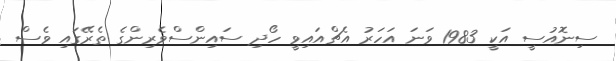
ސިނޮއުސީ އަކީ 1983 ވަނަ އަހަރު އެޗްއައިވީ ހޯދި ސައިންސްވެރިންގެ ތެރޭގައި ވެސް